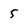
Character: 5